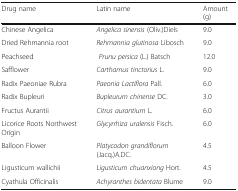
| Drug name | Latin name | Amount (g) |
 | --- | --- | --- |
 | Chinese Angelica | Angelica sinensis (Oliv.)Diels | 9.0 |
 | Dried Rehmannia root | Rehmannia glutinosa Libosch | 9.0 |
 | Peachseed | Prunu persica (L.) Batsch | 12.0 |
 | Safflower | Carthamus tinctorius L. | 9.0 |
 | Radix Paeoniae Rubra | Paeonia Lactiflora Pall. | 6.0 |
 | Radix Bupleuri | Bupleurum chinense DC. | 3.0 |
 | Fructus Aurantii | Citrus aurantium L. | 6.0 |
 | Licorice Roots Northwest Origin | Glycyrrhiza uralensis Fisch. | 6.0 |
 | Balloon Flower | Platycodon grandiflorum (Jacq.)A.DC. | 4.5 |
 | Ligusticum wallichii | Ligusticum chuanxiong Hort. | 4.5 |
 | Cyathula Officinalis | Achyranthes bidentata Blume | 9.0 |